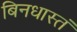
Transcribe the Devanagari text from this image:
बिनधास्तं